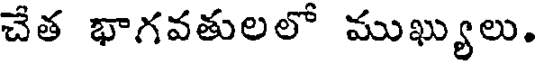
చేత భాగవతులలో ముఖ్యులు.